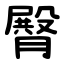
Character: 臀